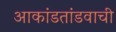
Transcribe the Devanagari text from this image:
आकांडतांडवाची